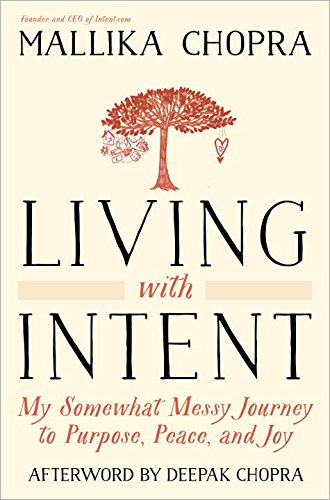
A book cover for Living with Intent: My Somewhat Messy Journey to Purpose, Peace, and Joy; Mallika Chopra; Self-Help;